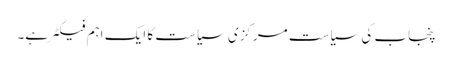
پنجاب کی سیاست مرکزی سیاست کا ایک اہم فیکٹر ہے۔